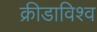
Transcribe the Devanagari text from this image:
क्रीडाविश्व